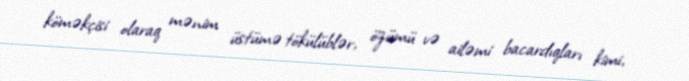
köməkçisi olaraq mənim üstümə tökülüblər, özümü və ailəmi bacardıqları kimi,